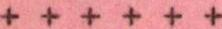
+ + + + + +